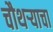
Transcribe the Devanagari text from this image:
चौथऱ्याचा